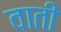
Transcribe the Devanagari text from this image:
वाती